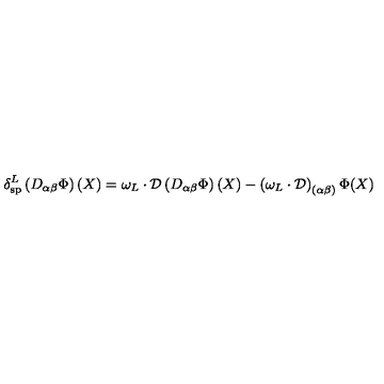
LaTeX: \delta _ { \mathrm { s p } } ^ { L } \left( D _ { \alpha \beta } \Phi \right) ( X ) = \omega _ { L } \cdot \mathcal { D } \left( D _ { \alpha \beta } \Phi \right) ( X ) - \left( { \omega _ { L } } \cdot \mathcal { D } \right) _ { ( \alpha \beta ) } \Phi ( X )